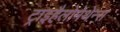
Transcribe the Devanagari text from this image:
ट्राइहैलोमेथेन्स